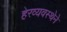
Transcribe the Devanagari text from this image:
हेरव्यवस्थेने